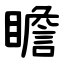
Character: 瞻